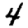
Digit: 4